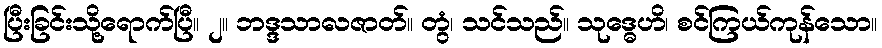
ပြီးခြင်းသို့ရောက်ပြီ။ ၂။ ဘဒ္ဒသာလဇာတ်။ တွံ၊ သင်သည်။ သုဒ္ဓေဟိ၊ စင်ကြယ်ကုန်သော။